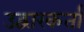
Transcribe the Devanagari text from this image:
उद्वारकर्ता